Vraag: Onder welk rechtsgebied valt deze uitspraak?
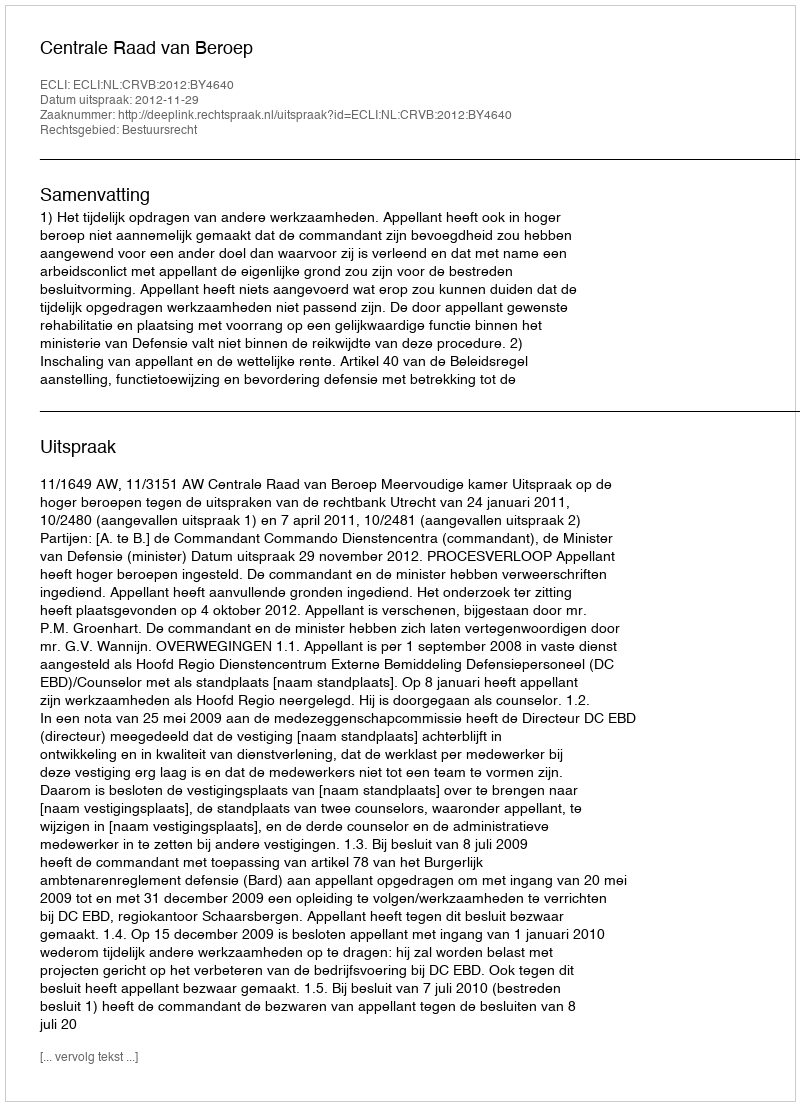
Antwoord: Bestuursrecht